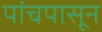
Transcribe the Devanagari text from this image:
पांचपासून